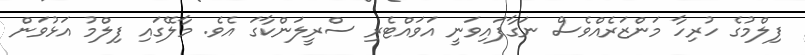
ފިލްމުގެ ހުރިހާ މަންޒަރެއްވެސް ނަގާފައިވަނީ އަވައްޓެރި ސްރީލަންކާގަ އެވެ. މާލޭގައި ފިލްމު އަޅުވަން